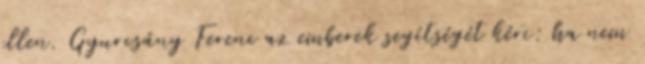
ellen. Gyurcsány Ferenc az emberek segítségét kéri: ha nem